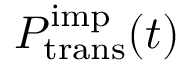
P _ { \mathrm { t r a n s } } ^ { \mathrm { i m p } } ( t )